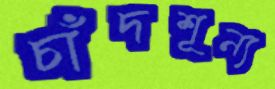
চাঁদশূন্য